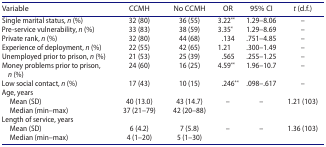
<table><thead><tr><td><b>Variable</b></td><td><b>CCMH</b></td><td><b>No CCMH</b></td><td><b>OR </b></td><td><b>95% CI</b></td><td><b><i>t</i> (d.f.)</b></td></tr></thead><tbody><tr><td>Single marital status, <i>n</i> (%)</td><td>32 (80)</td><td>36 (55)</td><td>3.22<sup>**</sup></td><td>1.29–8.06</td><td>–</td></tr><tr><td>Pre-service vulnerability, <i>n</i> (%) </td><td>33 (83)</td><td>38 (59)</td><td>3.35<sup>*</sup></td><td>1.29–8.69</td><td>–</td></tr><tr><td>Private rank, <i>n</i> (%)</td><td>32 (80)</td><td>44 (68)</td><td>.134</td><td>.751–4.85</td><td>–</td></tr><tr><td>Experience of deployment, <i>n</i> (%)</td><td>22 (55)</td><td>42 (65)</td><td>1.21</td><td>.300–1.49</td><td>–</td></tr><tr><td>Unemployed prior to prison, <i>n</i> (%)</td><td>21 (53)</td><td>25 (39)</td><td>.565</td><td>.255–1.25</td><td>–</td></tr><tr><td>Money problems prior to prison, <i>n</i> (%)</td><td>24 (60)</td><td>16 (25)</td><td>4.59<sup>**</sup></td><td>1.96–10.7</td><td>–</td></tr><tr><td>Low social contact, <i>n</i> (%)</td><td>17 (43)</td><td>10 (15)</td><td>.246<sup>**</sup></td><td>.098–.617</td><td>–</td></tr><tr><td>Age, years</td><td> </td><td> </td><td> </td><td> </td><td> </td></tr><tr><td> Mean (SD)</td><td>40 (13.0)</td><td>43 (14.7)</td><td>–</td><td>–</td><td>1.21 (103)</td></tr><tr><td> Median (min–max)</td><td>37 (21–79)</td><td>42 (20–88)</td><td> </td><td> </td><td> </td></tr><tr><td>Length of service, years </td><td> </td><td> </td><td> </td><td> </td><td> </td></tr><tr><td> Mean (SD)</td><td>6 (4.2)</td><td>7 (5.8)</td><td>–</td><td>–</td><td>1.36 (103)</td></tr><tr><td> Median (min–max)</td><td>4 (1–20)</td><td>5 (1–30)</td><td> </td><td> </td><td> </td></tr></tbody></table>